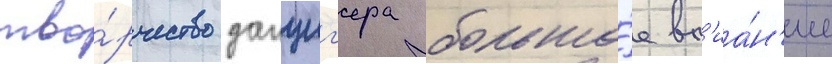
тво́рчество данциг'ера большо́е вл'иа́н'ие